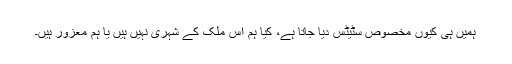
ہمیں ہی کیوں مخصوص سٹیٹس دیا جاتا ہے، کیا ہم اس ملک کے شہری نہیں ہیں یا ہم معزور ہیں۔